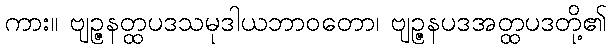
ကား။ ဗျဉ္ဇနတ္ထပဒသမုဒါယဘာဝတော၊ ဗျဉ္ဇနပဒအတ္ထပဒတို့၏